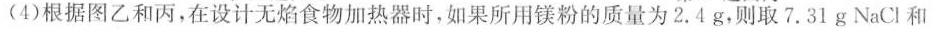
(4)根据图乙和丙，在设计无焰食物加热器时，如果所用镁粉的质量为2.4g，则取7.31g NaCl和